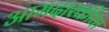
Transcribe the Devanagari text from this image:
आमदारकीचा